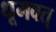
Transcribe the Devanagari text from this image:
धूमवत्